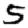
Digit: 5